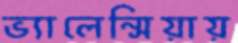
ভ্যালেন্সিয়ায়